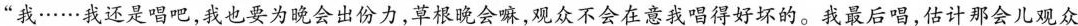
“我……我还是唱吧，我也要为晚会出份力，草根晚会嘛，观众不会在意我唱得好坏的。我最后唱，估计那会儿观众